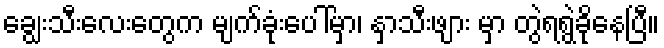
ချွေးသီးလေးတွေက မျက်ခုံးပေါ်မှာ၊ နှာသီးဖျား မှာ တွဲရရွဲခိုနေပြီ။